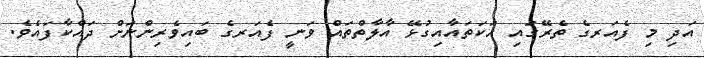
އަދި މި ފެއަރގެ ތެރޭގައި ހަކަތައާއިގުޅޭ އާލާތްތައް ވަނީ ފެއަރގެ ބައިވެރިންނަށް ދައްކާފައެވެ.